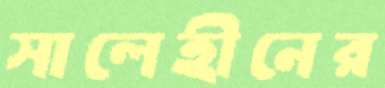
সালেহীনের